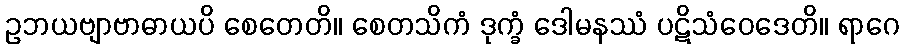
ဥဘယဗျာဗာဓာယပိ စေတေတိ။ စေတသိကံ ဒုက္ခံ ဒေါမနဿံ ပဋိသံဝေဒေတိ။ ရာဂေ